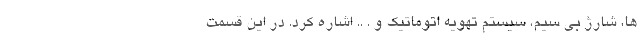
ها، شارژ بی سیم، سیستم تهویه اتوماتیک و . .. اشاره کرد. در این قسمت